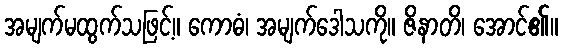
အမျက်မထွက်သဖြင့်။ ကောဓံ၊ အမျက်ဒေါသကို။ ဇိနာတိ၊ အောင်၏။